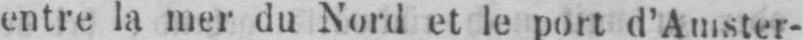
entre la mer du Nord et le port d’Amster-